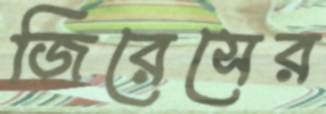
জিরেসের